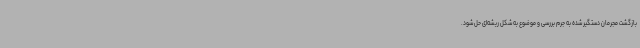
بازگشت مجرمان دستگیر شده به جرم بررسی و موضوع به شکل ریشه‌ای حل شود.